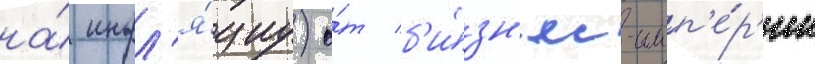
на́ инфл'я́циу) о́т б'и́зн'ес-имп'е́р'ии